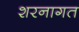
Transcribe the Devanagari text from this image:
शरनागत